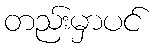
တည်းမှာပင်